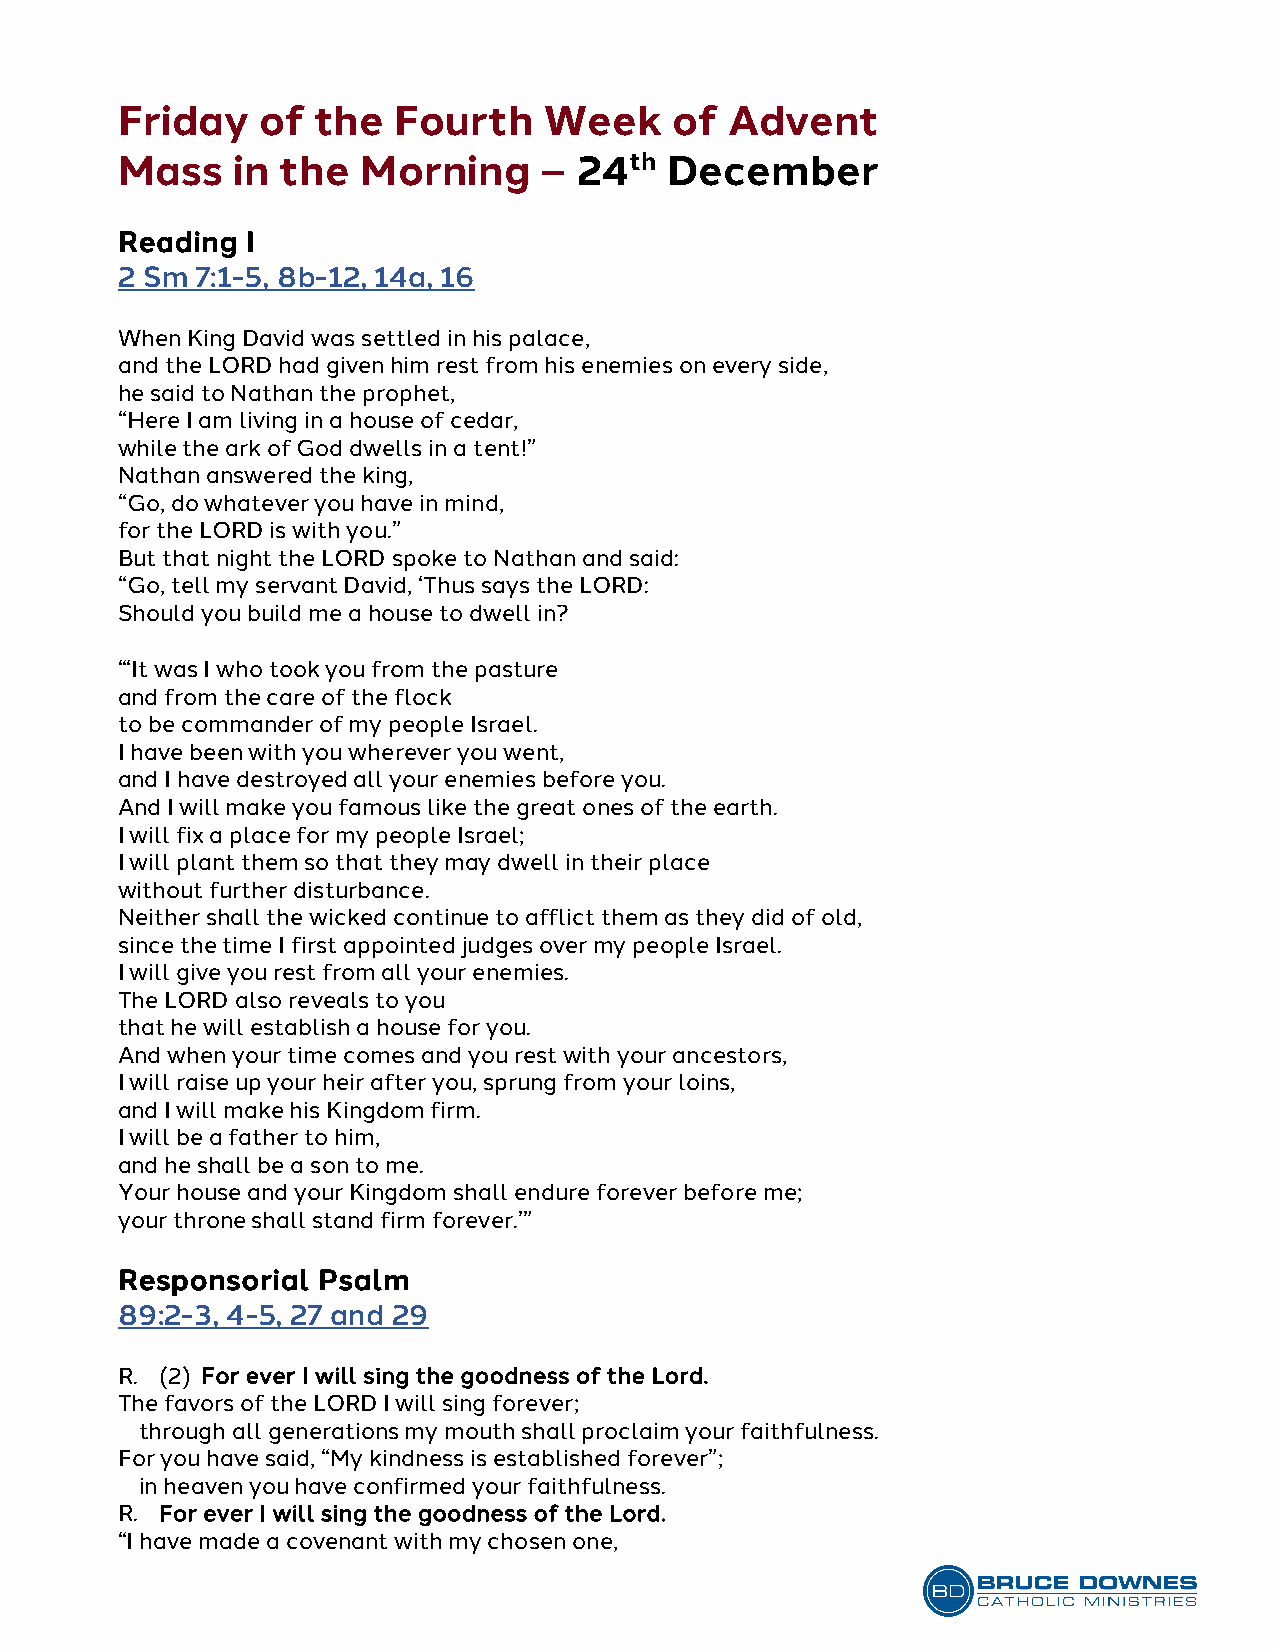
Friday   of  the  Fourth    Week     of Advent
 Mass   in  the  Morning     – 24th  December
 Reading I
 2 Sm 7:1-5, 8b-12, 14a, 16
 When King David was settled in his palace,
 and the LORD had given him rest from his enemies on every side,
 he said to Nathan the prophet,
 “Here I am living in a house of cedar,
 while the ark of God dwells in a tent!”
 Nathan answered the king,
 “Go, do whatever you have in mind,
 for the LORD is with you.”
 But that night the LORD spoke to Nathan and said:
 “Go, tell my servant David, ‘Thus says the LORD:
 Should you build me a house to dwell in?
 “‘It was I who took you from the pasture
 and from the care of the flock
 to be commander of my people Israel.
 I have been with you wherever you went,
 and I have destroyed all your enemies before you.
 And I will make you famous like the great ones of the earth.
 I will fix a place for my people Israel;
 I will plant them so that they may dwell in their place
 without further disturbance.
 Neither shall the wicked continue to afflict them as they did of old,
 since the time I first appointed judges over my people Israel.
 I will give you rest from all your enemies.
 The LORD also reveals to you
 that he will establish a house for you.
 And when your time comes and you rest with your ancestors,
 I will raise up your heir after you, sprung from your loins,
 and I will make his Kingdom firm.
 I will be a father to him,
 and he shall be a son to me.
 Your house and your Kingdom shall endure forever before me;
 your throne shall stand firm forever.’”
 Responsorial Psalm
 89:2-3, 4-5, 27 and 29
 R. (2) For ever I will sing the goodness of the Lord.
 The favors of the LORD I will sing forever;
 through all generations my mouth shall proclaim your faithfulness.
 For you have said, “My kindness is established forever”;
 in heaven you have confirmed your faithfulness.
 R. For ever I will sing the goodness of the Lord.
 “I have made a covenant with my chosen one,